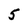
Character: 5